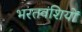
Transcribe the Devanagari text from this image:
भरतवंशियों